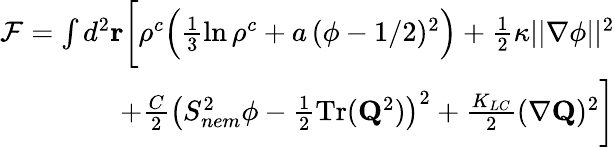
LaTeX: \begin{array}{r}{\mathcal{F}=\int d^{2}\mathbf{r}\bigg[\rho^{c}\Big(\frac{1}{3}\ln\rho^{c}+a\, (\phi-1/2)^{2}\Big)+\frac{1}{2}\kappa||\mathbf{\nabla}\phi||^{2}}\\ {+\frac{C}{2}\big(S_{nem}^{2}\phi-\frac{1}{2}\mathrm{Tr}(\mathbf{Q}^{2})\big)^{2}+\frac{K_{LC}}{2}(\nabla\mathbf{Q})^{2}\bigg]}\end{array}